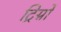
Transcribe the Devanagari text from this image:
ट्रिग्नो